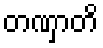
တဏှာတိ